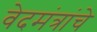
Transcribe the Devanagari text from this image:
वेदमंत्रांचे